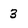
Character: 3